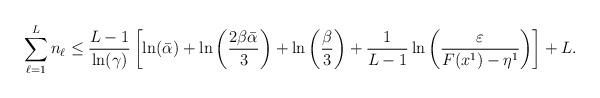
LaTeX: \begin{align*}\sum_{\ell=1}^L n_\ell &\le \frac{L-1}{\ln(\gamma)}\left[ \ln(\bar{\alpha})+\ln\left(\frac{2\beta\bar{\alpha}}{3}\right)+ \ln\left(\frac{\beta}{3}\right)+ \frac{1}{L-1}\ln\left( \frac{\varepsilon}{F(x^{1}) - \eta^1}\right)\right] + L.\end{align*}